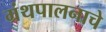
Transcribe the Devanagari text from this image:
ग्रंथपालनाचे